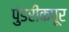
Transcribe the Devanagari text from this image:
पुंडरीकपूर